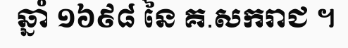
ឆ្នាំ ១៦៩៨ នៃ គ.សករាជ ។